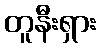
တူနီးရှား